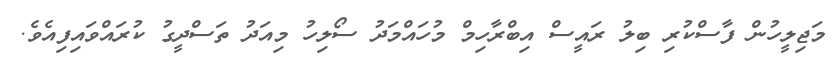
މަޖިލީހުން ފާސްކުރި ބިލު ރައީސް އިބްރާހިމް މުހައްމަދު ސޯލިހު މިއަދު ތަސްދީގު ކުރައްވައިފިއެވެ.